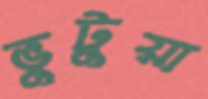
ভুটুয়া